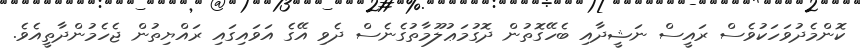
ކޮންމެދުވަހަކުވެސް ރައީސް ނަޝީދާއި ބެހޭގޮތުން ދޮގުމަޢުލޫމާތުގެނެސް ދެވި އޭގެ އަވައިގައި ރައްޔިތުން ޖެހެމުންދާތީއެވެ.